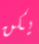
يكن